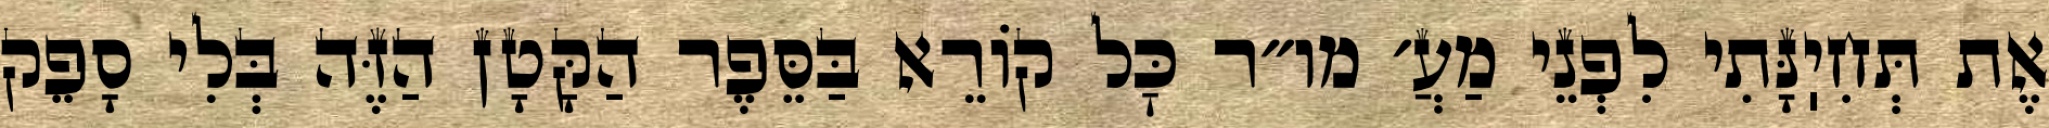
אֶת תְּחִיֽנָּתִי לִפְנֵי מַעֲ׳ מו״ר כׇּל קוֹרֵא בַּסֵּפֶר הַקָּטָן הַזֶּה בְּלִי סָפֵק